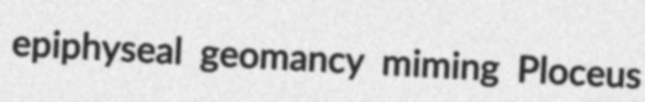
epiphyseal geomancy miming Ploceus